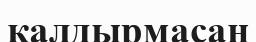
қалдырмасаң